Madras plague regulations in force outside the Presidency town - Volume 3
Disease focus: Plague
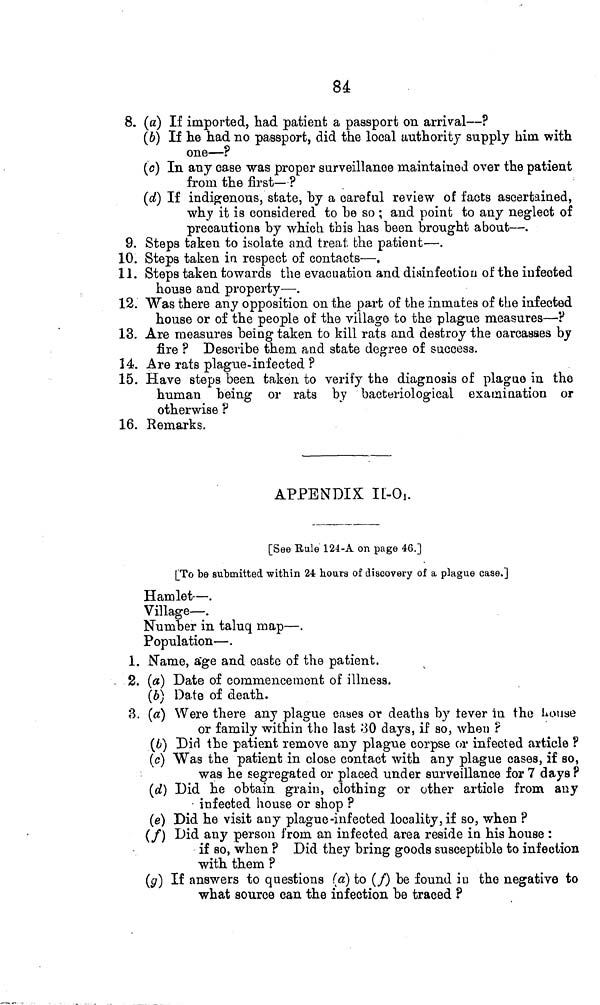
84
8. (a) If imported, had patient a passport on arrival—?
(6) If he had no passport, did the local authority supply him with
one—?
(c) In any case was proper surveillance maintained over the patient
from the first—?
(d] If indigenous, state, by a careful review of facts ascertained,
why it is considered to be so ; and point to any neglect of
precautions by which this has been brought about—.
9. Steps taken to isolate and treat the pa.-tient—.
10. Steps taken in respect of contacts—.
11. Steps taken towards the evacuation and disinfection of the infected
house and property—.
12. Was there any opposition on the part of the inmates of the infected
house or of the people of the village to the plague measures—?
13. Are measures being taken to kill rats and destroy the carcasses by
fire ? Describe them and state degree of success.
14. Are rats plague-infected ?
15. Have steps been taken to verify the diagnosis of plague in the
human being or rats by bacteriological examination or
otherwise ?
16. Remarks.
APPENDIX IL-Oj.
[See Eule 124-A on page 46.]
[To be submitted within 24 hoars of discovery of a plague case.]
Hamlet-—.
Village—.
Number in taluq map—.
Population—.
1. Name, age and casfce of the patient.
2. («) Date of commencement of illness.
(6) Date of death.
8. («) Were there any plague cases or deaths by tever in the Louse
or family within the last ^0 days, if so, when ?
(¿>) Did the patient remove any plague corpse or infected article ?
(c) Was the patient in close contact with any plague oases, if so,
was he segregated or placed under surveillance for 7 days ?
(d) Did he obtain grain, clothing or other article from any
• infected house or shop ?
(e) Did he visit any plague-infected locality, if so, when ?
(/) Did any person from an infected area reside in his house :
if so, when ? Did they bring goods susceptible to infection
with them ?
(¿7) If answers to questions (a) to (/) be found i u the negative to
what source can the infection be traced ?